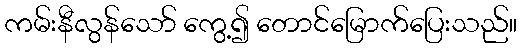
ကမ်းနီလွန်သော် ကွေ့၍ တောင်မြောက်ပြေးသည်။